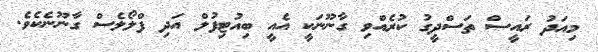
މިއަދު ރައީސް ތަސްދީގު ކުރެއްވި ގާނޫނަކީ އެއީ ބިއުޓިފުލް އަދި ފްލޯލެސް ގާނޫނެކެވެ.